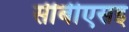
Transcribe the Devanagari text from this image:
सीबीएसइ